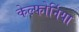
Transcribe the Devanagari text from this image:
केल्फोर्निया